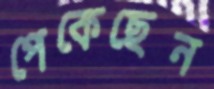
পেকেছেন